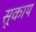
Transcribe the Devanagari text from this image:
सूकाय